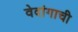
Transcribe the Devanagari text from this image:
वेदांगाची